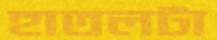
হাতলটা